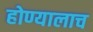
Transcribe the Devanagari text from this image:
होण्यालाच